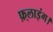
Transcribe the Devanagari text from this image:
फ़्लाइंग।